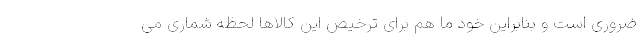
ضروری است و بنابراین خود ما هم برای ترخیص این کالاها لحظه شماری می